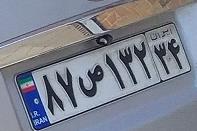
۸۷ص۱۳۲۳۴